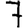
Digit: 7